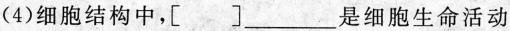
(4)细胞结构中，[ ]___是细胞生命活动